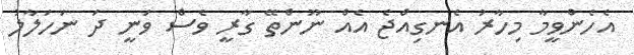
އެހެންވީމާ މިހާރު އެނގިއްޖެ އެއް ނޫންތޭ ގާރީ ވެސް ވަނީ ދަ ނަހަލާލު